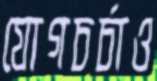
যোগচর্চাও